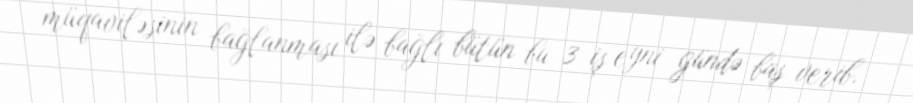
müqaviləsinin bağlanması ilə bağlı bütün bu 3 iş eyni gündə baş verib.